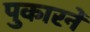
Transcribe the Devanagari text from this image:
पुकारनें